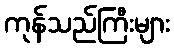
ကုန်သည်ကြီးများ